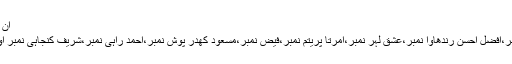
ان میں سے چند کے نام یہ ہیں :
خواجہ فرید نمبر،رفیع پیر نمبر،افضل احسن رندھاوا نمبر،عشق لہر نمبر،امرتا پریتم نمبر،فیض نمبر،مسعود کھدر پوش نمبر،احمد راہی نمبر،شریف کنجاہی نمبر اور ڈاکٹر فقیر محمد فقیر نمبر۔